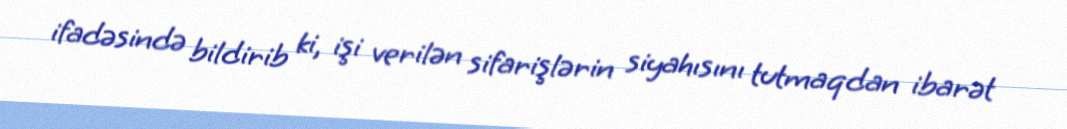
ifadəsində bildirib ki, işi verilən sifarişlərin siyahısını tutmaqdan ibarət